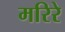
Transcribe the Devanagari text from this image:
मरिरे